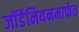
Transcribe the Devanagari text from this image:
जॉर्डेनियनमार्फत